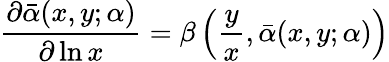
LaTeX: \frac{\partial\bar{\alpha}(x,y;\alpha)}{\partial\ln x}=\beta\left(\frac{y}{x},\bar{\alpha}(x,y;\alpha)\right)